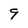
Character: 9